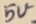
Text: 5v